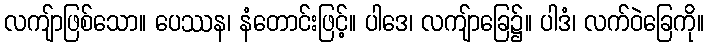
လကျ်ာဖြစ်သော။ ပေဿန၊ နံတောင်းဖြင့်။ ပါဒေ၊ လကျ်ာခြေ၌။ ပါဒံ၊ လက်ဝဲခြေကို။